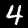
Digit: 4